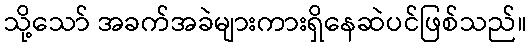
သို့သော် အခက်အခဲများကားရှိနေဆဲပင်ဖြစ်သည်။